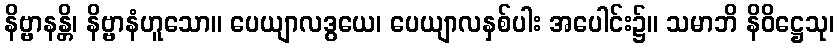
နိဗ္ဗာနန္တိ၊ နိဗ္ဗာနံဟူသော။ ပေယျာလဒွယေ၊ ပေယျာလနှစ်ပါး အပေါင်း၌။ သမာဘိ နိဝိဋ္ဌေသု၊